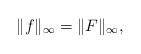
\begin{align*} \|f\|_\infty =\|F\|_\infty,\end{align*}